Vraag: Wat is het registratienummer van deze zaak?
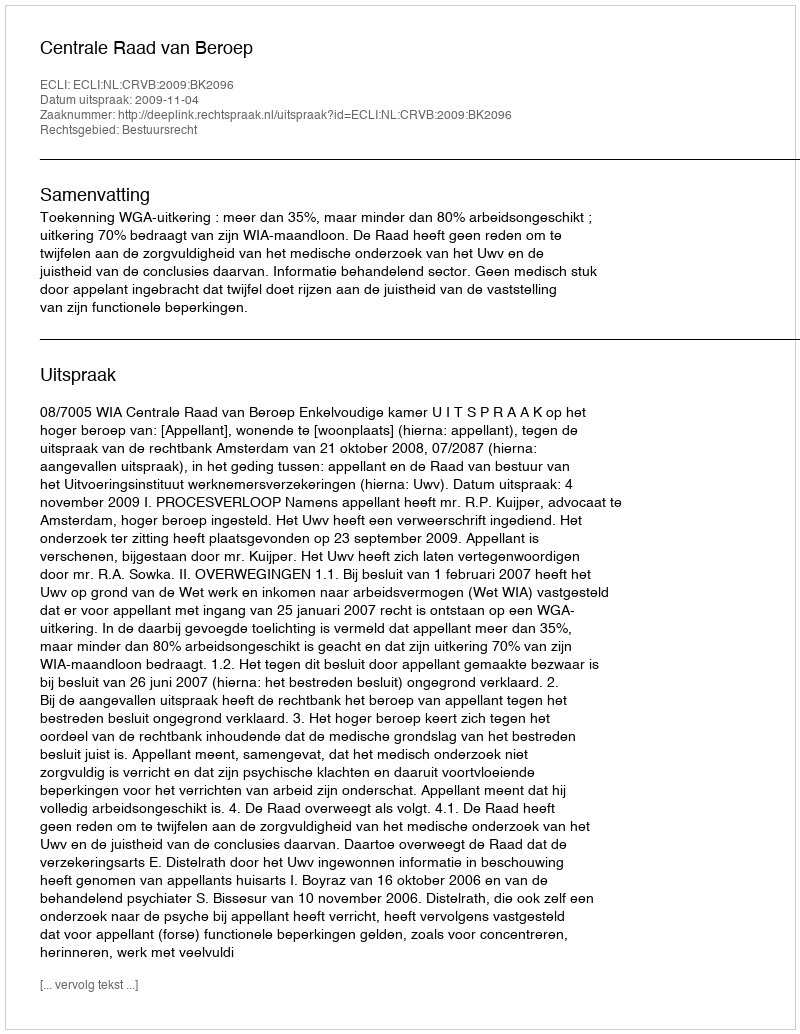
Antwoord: http://deeplink.rechtspraak.nl/uitspraak?id=ECLI:NL:CRVB:2009:BK2096